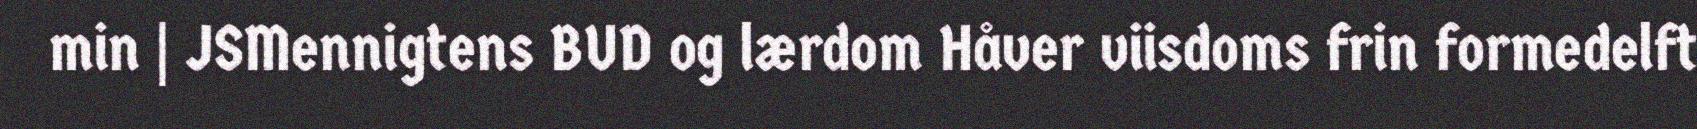
min | JSMennigtens BUD og lærdom Håver viisdoms frin formedelft